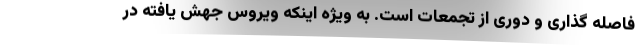
فاصله گذاری و دوری از تجمعات است. به ویژه اینکه ویروس جهش یافته در